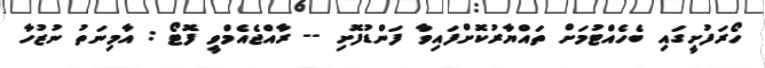
ހޯރަފުށީގައި ބެހެއްޓުމަށް ތައްޔާރުކޮށްފައިވާ ފަންޑުފޮށި -- ރާއްޖެއެމްވީ ފޮޓޯ : އާމިނަތު ނުޒުހާ